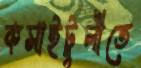
কসাইটুলীতে